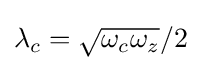
{\textstyle \lambda _{c}={\sqrt {\omega _{c}\omega _{z}}}/2}